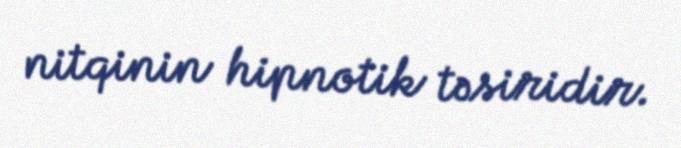
nitqinin hipnotik təsiridir.